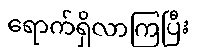
ရောက်ရှိလာကြပြီး